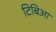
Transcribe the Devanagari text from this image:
टिबिआ